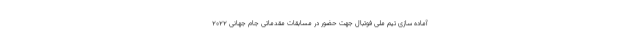
آماده سازی تیم ملی فوتبال جهت حضور در مسابقات مقدماتی جام جهانی ۲۰۲۲